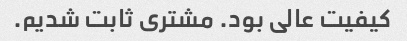
کیفیت عالی بود. مشتری ثابت شدیم.